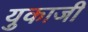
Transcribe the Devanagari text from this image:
युकाजी